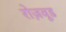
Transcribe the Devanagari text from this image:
रोज़वूड